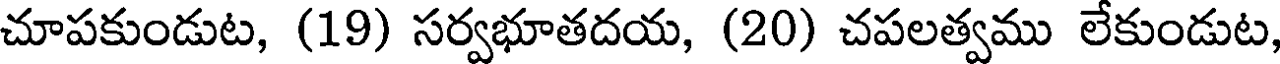
చూపకుండుట, (19) సర్వభూతదయ, (20) చపలత్వము లేకుండుట,